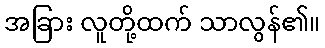
အခြား လူတို့ထက် သာလွန်၏။